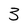
Character: 3